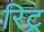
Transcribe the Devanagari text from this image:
रिट्र